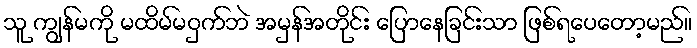
သူ ကျွန်မကို မထိမ်မဝှက်ဘဲ အမှန်အတိုင်း ပြောနေခြင်းသာ ဖြစ်ရပေတော့မည်။